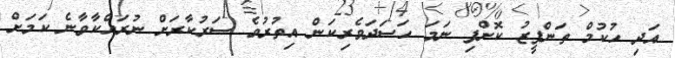
އަދި ހުކުމް ތަންފީޒު ކޮށްފި ނަމަ ހަސަދަވެރިކަން އިތުރުވެ ސަރުކާރަށް ނުރައްކާވާނެ ކަމަށް